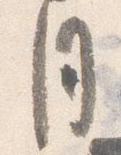
月